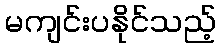
မကျင်းပနိုင်သည့်